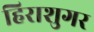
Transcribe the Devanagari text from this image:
हिराशुगर